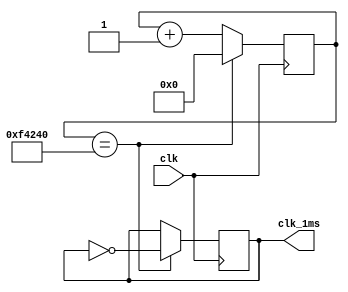
`timescale 1ns / 1ps
//////////////////////////////////////////////////////////////////////////////////
// Company: 
// Engineer: 
// 
// Design Name: 
// Module Name:    timer_1ms 
// Project Name: 
// Target Devices: 
// Tool versions: 
// Description: 
//
// Dependencies: 
//
// Revision: 
// Revision 0.01 - File Created
// Additional Comments: 
//
//////////////////////////////////////////////////////////////////////////////////
module timer1ms(
    input wire clk,
    output reg clk_1ms
    );

    reg [19:0] cnt;

    initial begin
        cnt[19:0] <= 0;
        clk_1ms <= 0;
    end

    always @(posedge clk) begin
        if (cnt[19:0] == 1000000) begin
            cnt <= 0;
            clk_1ms <= ~clk_1ms;
        end else
            cnt <= cnt + 1'b1;
    end

endmodule

module timer25mhz(
    input wire clk,
    output reg clk_25mhz
);

reg cnt;

initial begin
    clk_25mhz <= 0;
    cnt <= 0;
end

always @(posedge clk) begin
    if (cnt == 1) begin
        cnt <= 0;
        clk_25mhz <= ~clk_25mhz;
    end else
        cnt <= cnt + 1'b1;
end

endmodule